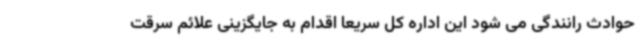
حوادث رانندگی می شود این اداره کل سریعا اقدام به جایگزینی علائم سرقت